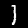
Label: 1